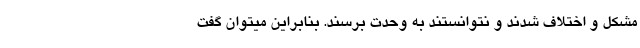
مشکل و اختلاف شدند و نتوانستند به وحدت برسند. بنابراین میتوان گفت